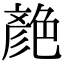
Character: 𦫨